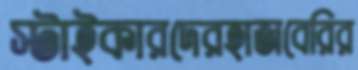
স্টাইকারদেরহাজবেরির